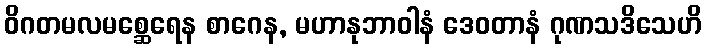
ဝိဂတမလမစ္ဆေရေန စာဂေန, မဟာနုဘာဝါနံ ဒေဝတာနံ ဂုဏသဒိသေဟိ